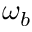
\omega _ { b }